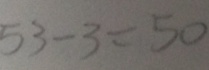
5 3 - 3 = 5 0